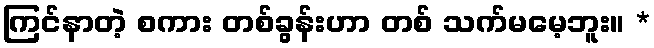
ကြင်နာတဲ့ စကား တစ်ခွန်းဟာ တစ် သက်မမေ့ဘူး။ *